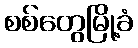
စစ်တွေမြို့ခံ